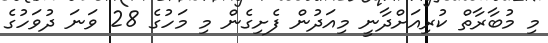
މި މުބާރާތް ކުރިއަށްދާނީ މިއަދުން ފެށިގެން މި މަހުގެ 28 ވަނަ ދުވަހުގެ